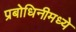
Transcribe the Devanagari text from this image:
प्रबोधिनीमध्ये